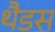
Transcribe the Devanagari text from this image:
थैडस